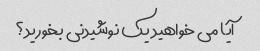
آیا می خواهید یک نوشیدنی بخورید؟